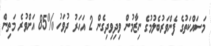
މަސައްކަތުގެ ފެންވަރުބެލުމުގެ ނިޒާމުން ވިދިވިދިގެން 2 އަހަރު ދުވަހު %85 އަށްވުރެ މަތިން